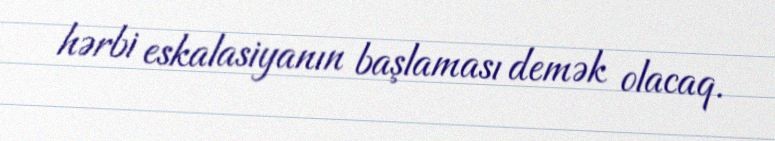
hərbi eskalasiyanın başlaması demək olacaq.